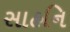
સાહનિ